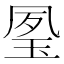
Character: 𤥔